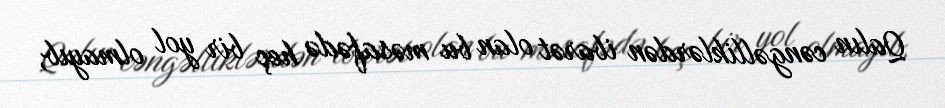
Qalın cəngəlliklərdən ibarət olan bu məsafədə heç bir yol olmayıb,